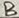
Text: B